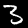
Digit: 3